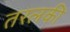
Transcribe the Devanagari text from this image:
तरलकी